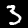
Digit: 3